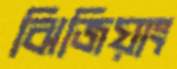
ঝিজিয়াং